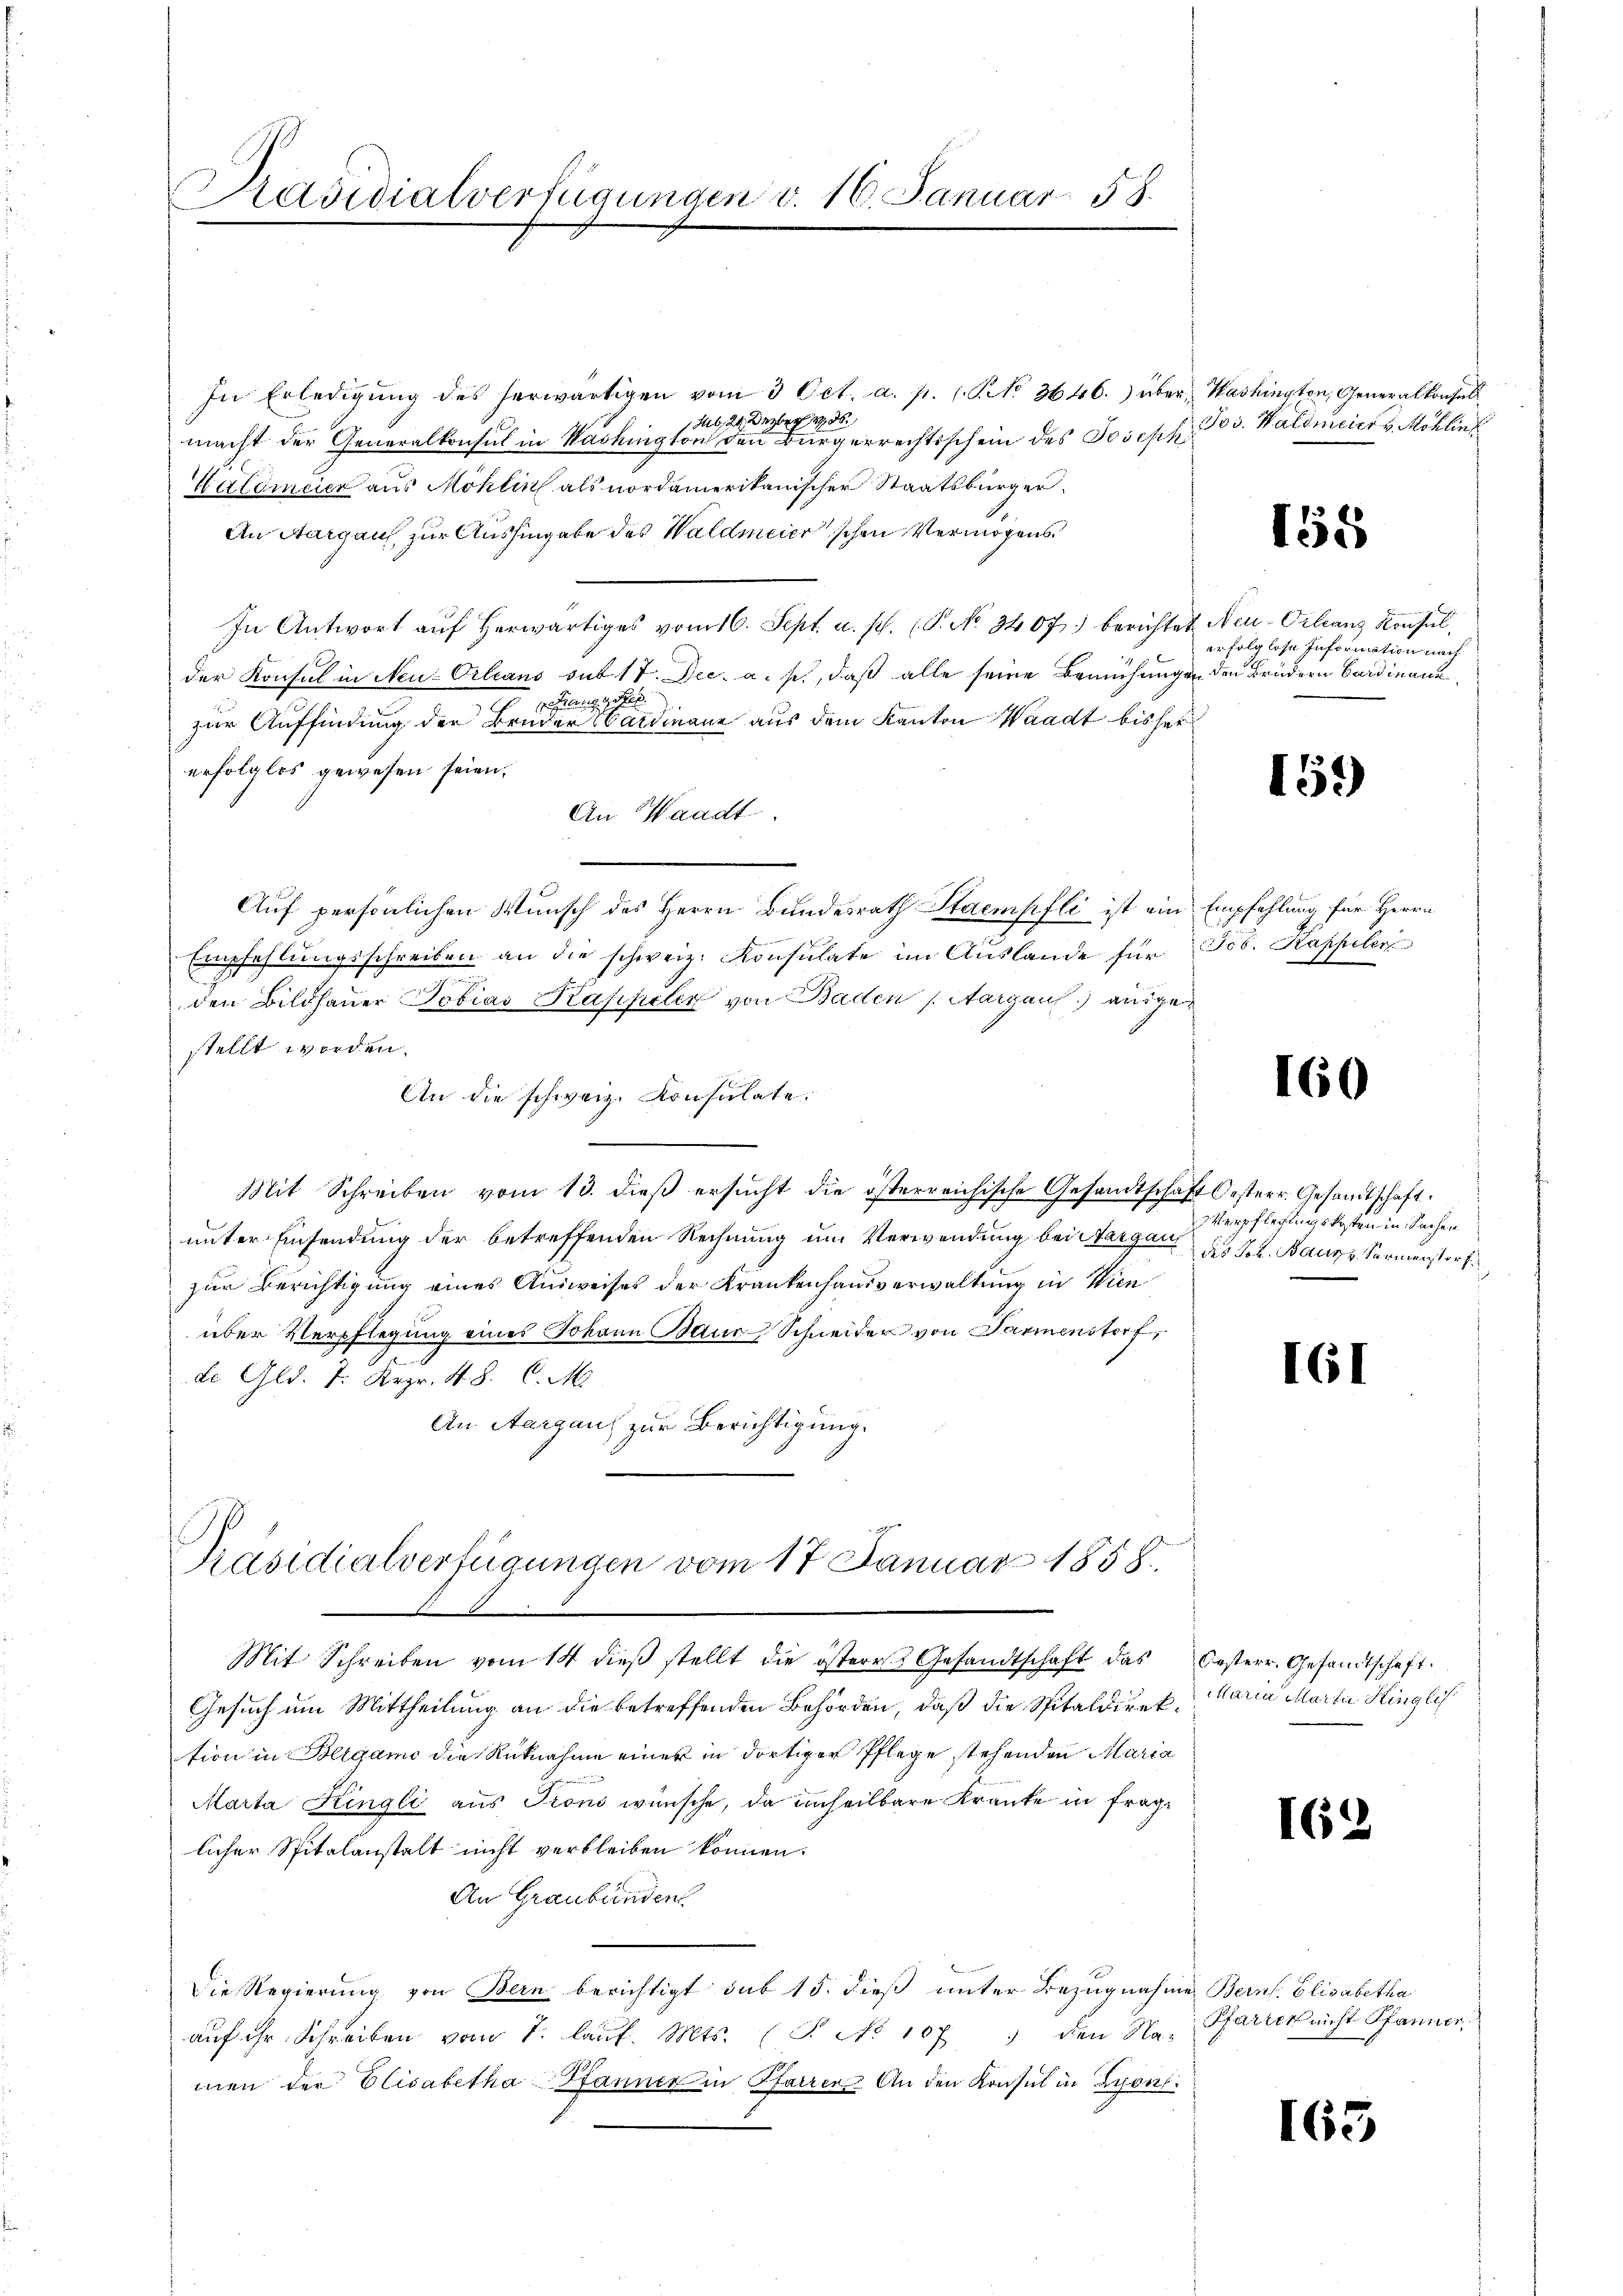
In Erledigŭng des herwärtigen vom 3 Oct. a. p. 1 S. No 3646.) über Washington, Generalkonsel
hut, da der
macht der Generalkonsul in Washington den Bürgerrechtsschein des Joseph
Katomeier aus Möhlin als nordamerikanischer Staatsbürger
An Aargaus, zur Aushingabe des Waldmeier’schen Vermögens
In Antwort aŭf herwärtiges vom 16. Sept. a. p. (P. No. 3407. berichtet Neu-Orleans Konsul,
der Konsul in Neu-Orleans sub 17. Dec. a. p., daß alle seine Bemühungen den Brüdern Cardinanz
Fanggel
zur Auffindung der Brüder Sardinanz aus dem Kanton Waadt bisher
erfolglos gewesen seien.
An Waadt.
Auf persönlichen Wunsch des Herrn Bundesrath Stampfli ist ein Empfehlung für Herrn
Empfehlŭngsschreiben an die schweiz. Konsulate im Auslande für Jos. Kappeler
den Bildhauer Tobias Kappeler von Baden (Aargauf) ausge
stellt worden.
An die schweiz. Konsulate.
Mit Schreiben vom 13. dieß ersucht die österreichische Gesandtschaft Oesterr. Gesandtschaft.
unter Einsendung der betreffenden Rechnung um Verwendung bei Margau, des Joh. Baues Vormenstorf
zur Berichtigung eines Ausweises der Krankenhausverwaltung in Wien
über Verpflegung eines Johann Baur Schneider von Parmenstorf,
de Gld. 7. Apr. 48. C. M.
An Aargaus zur Berichtigung,

Präsidialverfügungen v. 16. Januar 58.
n

Präsidialverfügungen vom 17. Januar 1858.

Mit Schreiben vom 14 dieβ stellt die östere Gesandtschaft das Oesterr. Gesandtschaft.
Gesuch um Mittheilung an die betreffenden Behörden, daß die Spitaldiret Maria Marta Hinglis
tion in Bligamo die Rücknahme einer in dortiger Pflege stehenden Maria
Marta Ringli aus Trons wünsche, da unheilbare Kranke in fraglicher Spitalanstalt nicht verbleiben können.
An Graubünden
Die Regierung von Bern berichtigt sub 15. dieß unter Bezugnahme Berns. Elisabetha
aŭf ihr Schreiben vom 7. laŭf. Mts. (T. No 107 den Na-
men der Elisabetha Pfanner in Pfarrer. An den Konsul in Lyons¬

Jos. Waldmeier v. Mohlin

155

erfolglose Information nach

159

160

Verpflegungskosten in Sachen

161

I62

Pfarrk nicht Pfanner

165